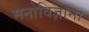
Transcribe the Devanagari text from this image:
मनोविज्ञाना